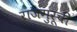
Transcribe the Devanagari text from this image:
राजगुरूची